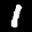
Label: 1